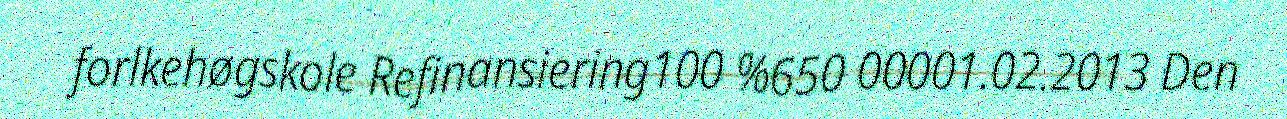
forlkehøgskole Refinansiering100 %650 00001.02.2013 Den